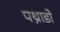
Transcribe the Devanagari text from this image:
पथ्राडो